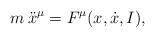
LaTeX: \begin{align*}m \: \ddot x^\mu = F^\mu (x,\dot x,I),\end{align*}